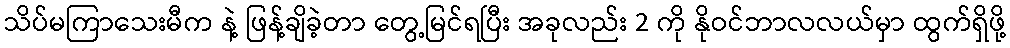
သိပ်မကြာသေးမီက နဲ့ ဖြန့်ချိခဲ့တာ တွေ့မြင်ရပြီး အခုလည်း 2 ကို နိုဝင်ဘာလလယ်မှာ ထွက်ရှိဖို့